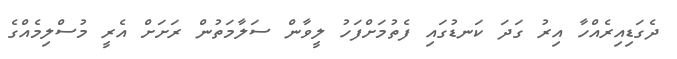
ދެގަޑިއިރެއްހާ އިރު ގަދަ ކަނޑުގައި ފެތުމަށްފަހު ލީވާން ސަލާމަތުން ރަށަށް އެރީ މުސްލިމެއްގެ